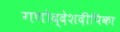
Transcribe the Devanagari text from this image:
गणोद्देशदीपिका